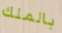
بالملك